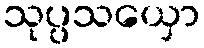
သုပ္ပသယှော